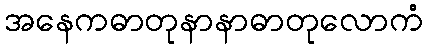
အနေကဓာတုနာနာဓာတုလောကံ